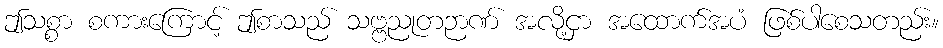
ဤသစ္စာ စကားကြောင့် ဤစာသည် သဗ္ဗညုတဉာဏ် အလို့ငှာ အထောက်အပံ ဖြစ်ပါစေသတည်း။